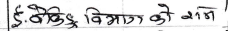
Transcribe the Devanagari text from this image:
ई. बैंकिङ विभाग को नाम